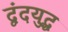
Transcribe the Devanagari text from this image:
द्वंदयुद्ध